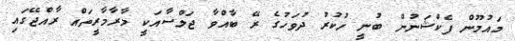
މައުމޫން ފެކްޝަނުން ބުނީ ހުކުރު ދުވަހުގެ ރޭ ބާއްވާ ޖަލްސާއަކީ މާރާމާރީތައް ރާއްޖޭގައި